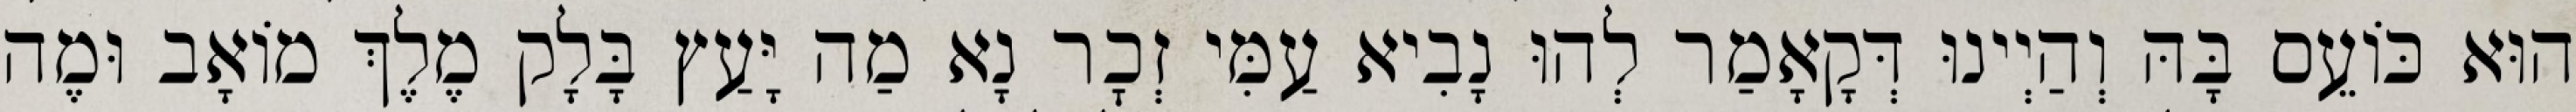
הוּא כּוֹעֵס בָּהּ וְהַיְינוּ דְּקָאָמַר לְהוּ נָבִיא עַמִּי זְכׇר נָא מַה יָּעַץ בָּלָק מֶלֶךְ מוֹאָב וּמֶה